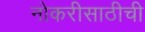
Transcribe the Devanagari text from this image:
नोकरीसाठीची